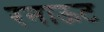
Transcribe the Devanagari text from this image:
रनाऊट